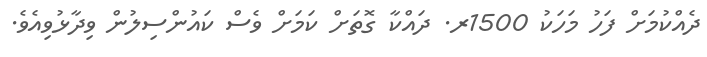
ދެއްކުމަށް ފަހު މަހަކު 1500ރ. ދައްކާ ގޮތަށް ކަމަށް ވެސް ކައުންސިލުން ވިދާޅުވިއެވެ.